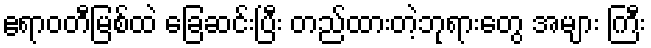
ဧရာဝတီမြစ်ထဲ ခြေဆင်းပြီး တည်ထားတဲ့ဘုရားတွေ အများ ကြီး